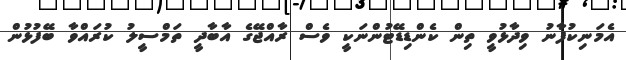
އެމަނިކުފާނު ވިދާޅުވީ ތިން ކެންޑިޑޭޓުންނަކީ ވެސް ރާއްޖޭގެ އާބާދީ ތަމްސީލު ކުރައްވާ ބޭފުޅުން